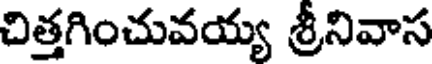
చిత్తగించువయ్య శ్రీనివాస